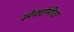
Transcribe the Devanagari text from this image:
स्पेक्टोमीटर